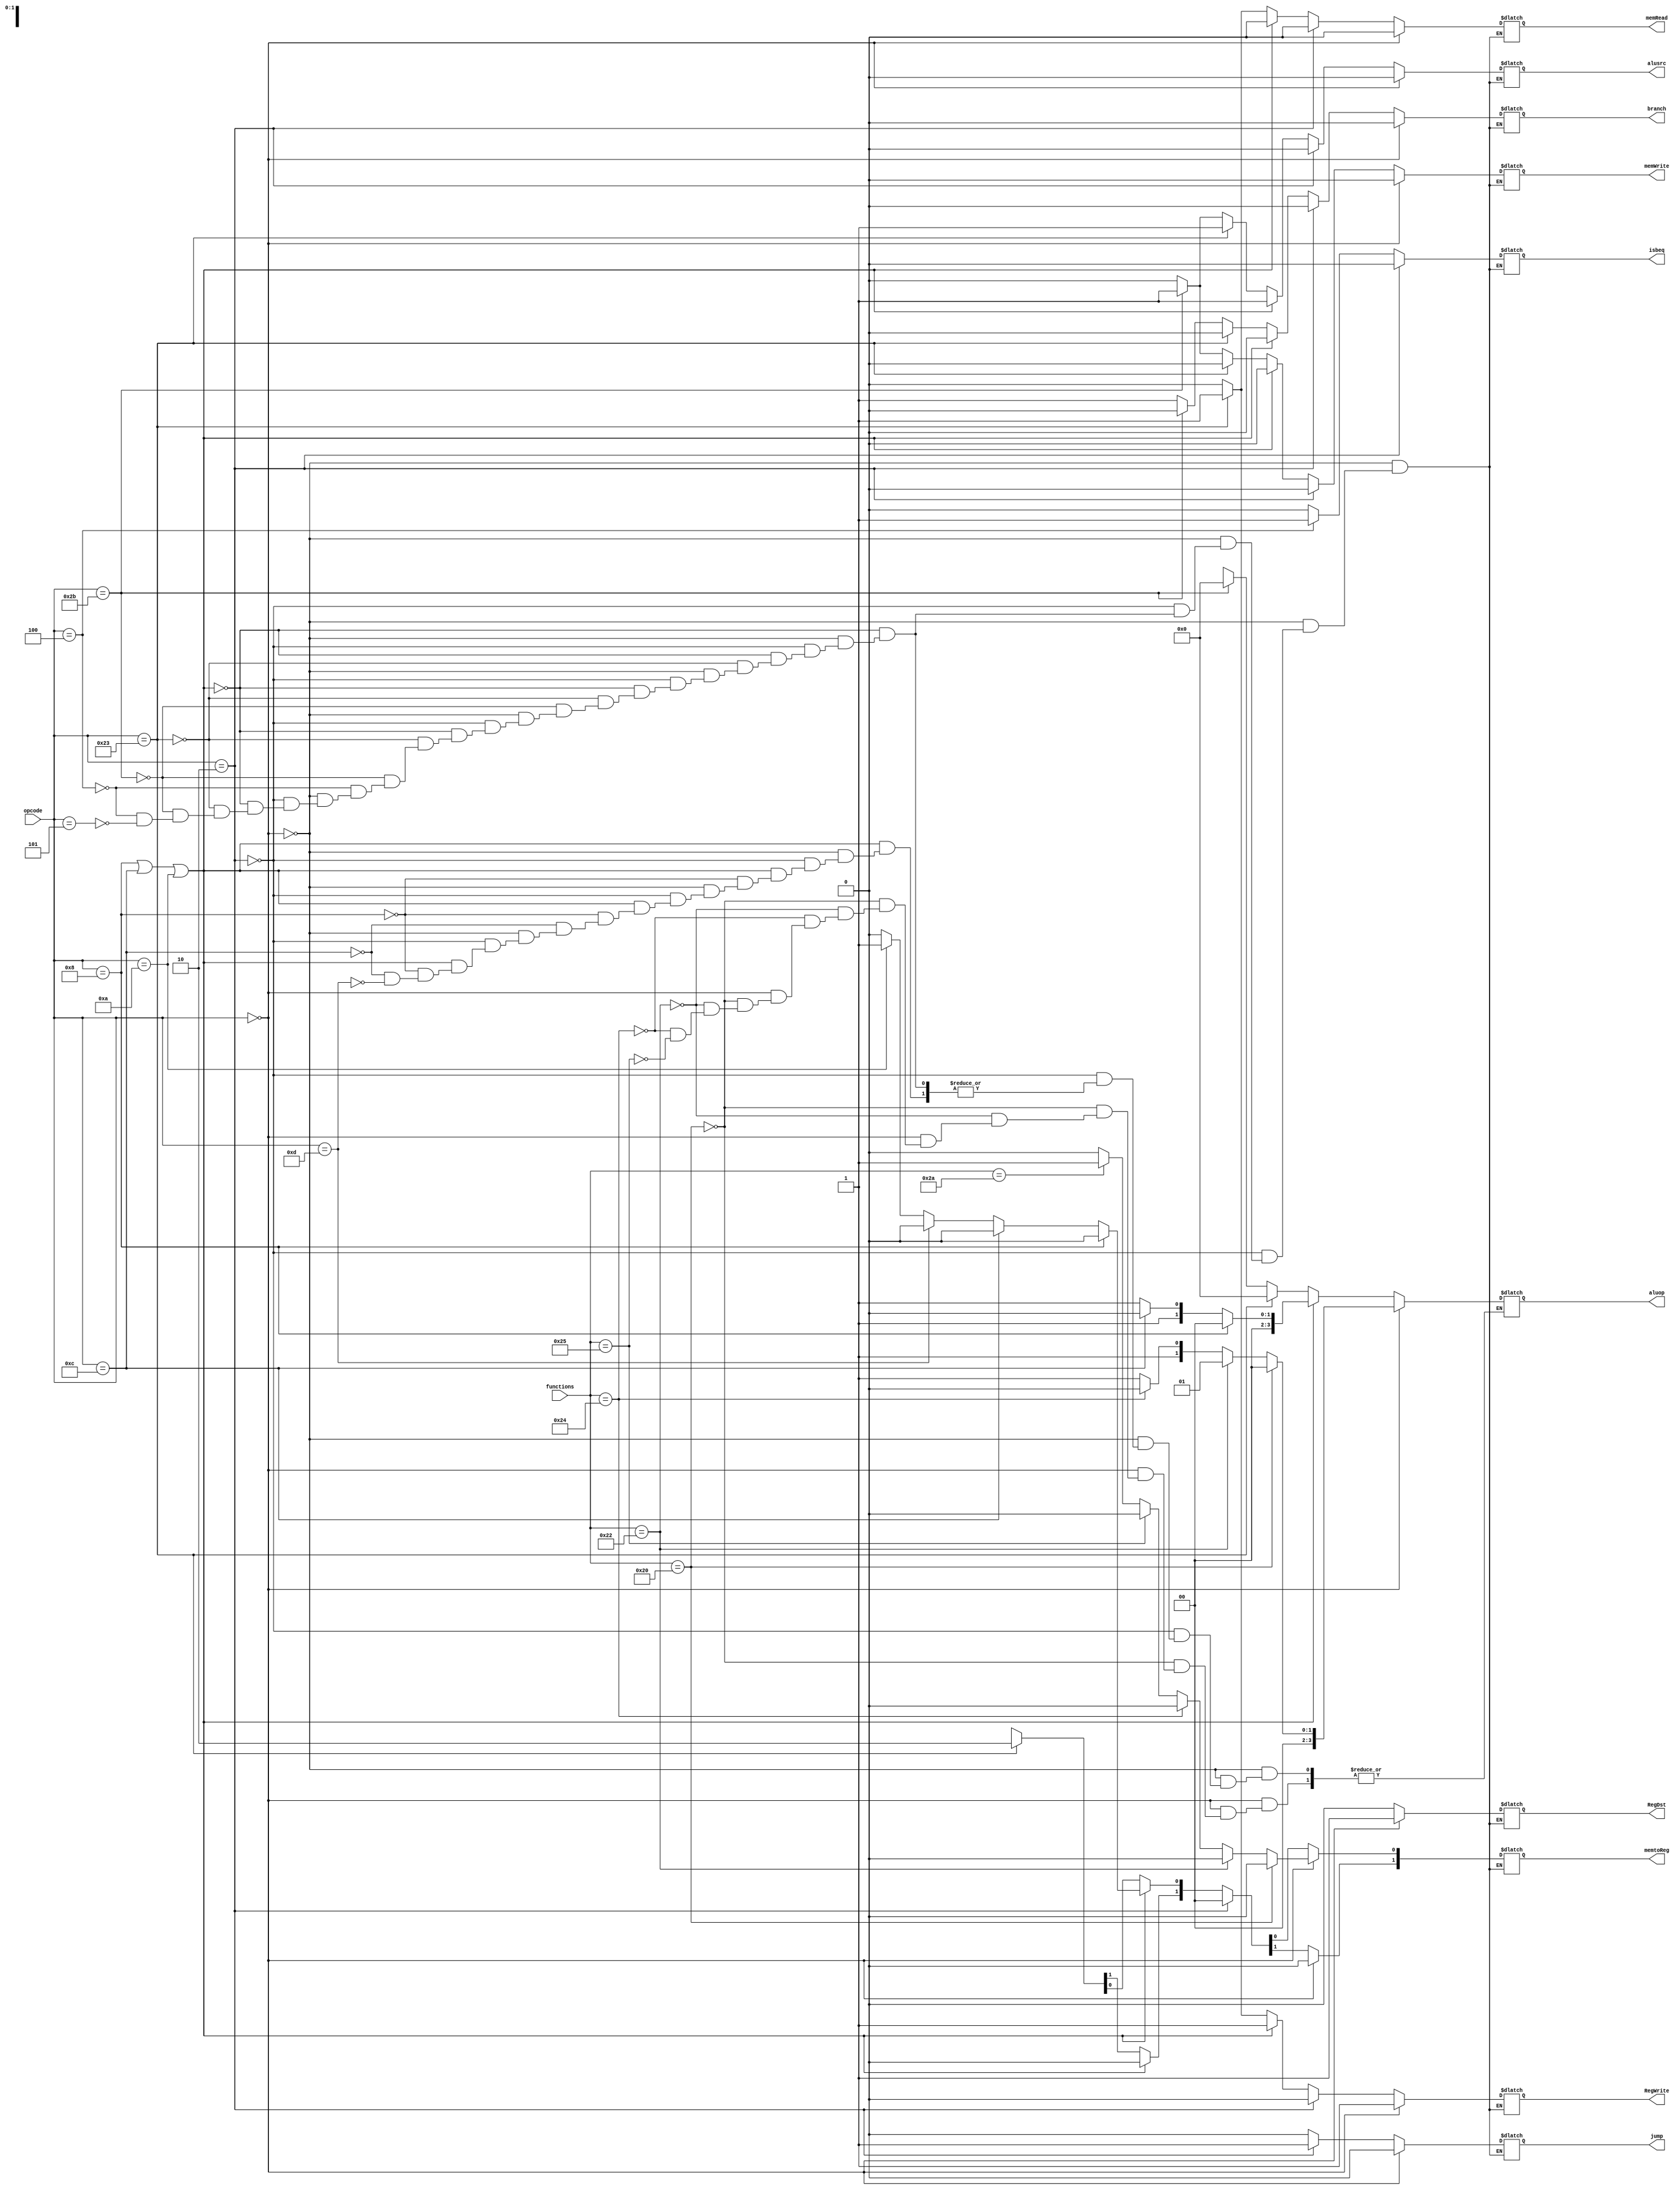
module controlUnit(input[5:0] opcode,
                  input[5:0] functions,
                  output reg RegDst,
                  output reg jump,
                  output reg branch,
                  output reg memRead, 
                  output reg [1:0] memtoReg,
                  output reg isbeq,
                  output reg memWrite,
                  output reg alusrc,
                  output reg RegWrite,
                  output reg[3:0] aluop);
    always@(opcode , functions)begin
      //R type
      if(opcode == 6'b 0)begin
        RegDst = 1;
        alusrc = 0;
        RegWrite = 1;
        memtoReg = 2'b 00;
        memRead = 0;
        memWrite = 0;
        branch = 0;
        jump = 0;
        isbeq = 1'b x;
        //ADD
        if(functions == 6'b 100000)
          aluop = 4'b 0000;
        //SUb
     	 else if(functions == 6'b 100010)
          aluop = 4'b 0001;
        //And
       else  if(functions == 6'b 100100)
          aluop = 4'b 0010;
        //Or
       else if(functions == 6'b 100101)
            aluop = 4'b 0011;
        //slt 
       else if(functions == 6'b 101010)
           memtoReg[0] = 1'b 1;
    end
    //jump
    else if(opcode == 6'b 000010)begin
      RegDst = 0;
      alusrc = 0;
      memtoReg = 0;
      RegWrite = 0;
      memRead = 0;
      memWrite = 0;
      branch = 0;
      jump = 1;
      aluop = 4'b x;
      isbeq = 1'b 0;
    end
  //I type
  else if(opcode == 6'b 001000 || opcode == 6'b 001100 || opcode  == 001101 || opcode == 6'b 001010)begin
    RegDst = 0;
    alusrc = 1;
    memtoReg = 2'b 00;
    RegWrite = 1;
    memRead = 0;
    memWrite = 0;
    branch = 0;
    jump = 0;
    isbeq = 1'b x;
    
    //ADDi
    if(opcode == 6'b 001000)
        aluop = 4'b 0000;
    //Andi
    else if(opcode == 6'b 001100)
       aluop = 4'b 0010;
    //Ori
    else if(opcode == 6'b 001101)
       aluop = 4'b 0011;
    //slti
    else if(opcode == 6'b 001010)
       memtoReg[0] = 1'b 1;
  end 
  //lw
else if(opcode == 6'b 100011)begin
    RegDst = 0;
    alusrc = 1;
    memtoReg = 2'b 10;
    RegWrite = 1;
    memRead = 1;
    memWrite= 0;
    branch = 0;
    jump = 0;
    isbeq = 1'b x;
    aluop = 4 'b 0000;
  end
  
  
  //sw
else if(opcode == 6'b 101011)begin
    RegDst = 0;
    alusrc = 1;
    memtoReg = 2'b x;
    RegWrite = 0;
    memRead= 0;
    memWrite = 1;
    branch = 0;
    jump = 0;
    aluop = 4'b 0000;
    isbeq = 1'b x;
  end
  
  //beq
else if(opcode == 6'b 000100)begin
    RegDst = 0;
    alusrc = 0;
    memtoReg = 2'b x;
    branch = 1;
    RegWrite = 0;
    memRead = 0;
    memWrite= 0 ;
    jump = 0;
    isbeq = 1;
    aluop = 4'b x; 
  end
  
  //bne
else if(opcode == 6'b 000101)begin
    RegDst = 0;
    alusrc = 0;
    memtoReg = 2'b x;
    branch = 1;
    RegWrite = 0;
    memRead = 0;
    memWrite= 0 ;
    jump = 0;
    isbeq = 0;
    aluop = 4'b x; 
  end
end
      
endmodule